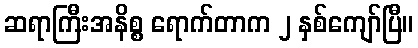
ဆရာကြီးအနိစ္စ ရောက်တာက ၂ နှစ်ကျော်ပြီ။